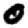
Digit: 0